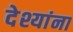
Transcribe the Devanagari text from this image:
देश्यांना